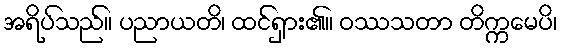
အရိပ်သည်။ ပညာယတိ၊ ထင်ရှား၏။ ဝဿသတာ တိက္ကမေပိ၊